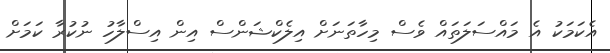
އެކަމަކު އެ މައްސަލަތައް ވެސް މިހާތަނަށް އިލެކްޝަންސް އިން އިސްލާހު ނުކުރާ ކަމަށް